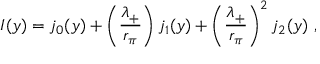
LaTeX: I ( y ) = j _ { 0 } ( y ) + \left( \frac { \lambda _ { + } } { r _ { \pi } } \right) j _ { 1 } ( y ) + \left( \frac { \lambda _ { + } } { r _ { \pi } } \right) ^ { 2 } j _ { 2 } ( y ) \ ,